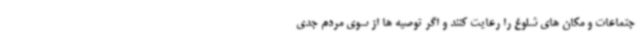
جتماعات و مکان های شلوغ را رعایت کنند و اگر توصیه ها از سوی مردم جدی